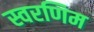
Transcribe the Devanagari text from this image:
स्वरणिम